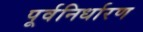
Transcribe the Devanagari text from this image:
पूर्वनिर्धारण